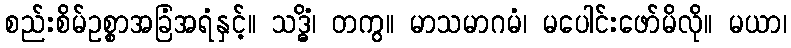
စည်းစိမ်ဥစ္စာအခြံအရံနှင့်။ သဒ္ဓိံ၊ တကွ။ မာသမာဂမံ၊ မပေါင်းဖော်မိလို။ မယာ၊